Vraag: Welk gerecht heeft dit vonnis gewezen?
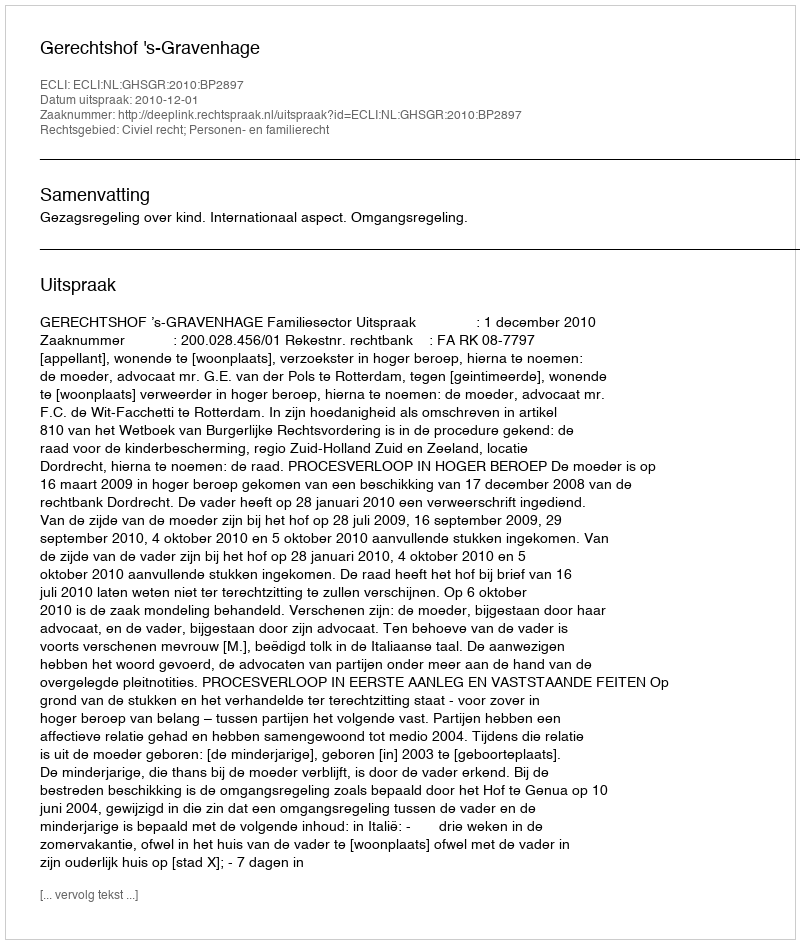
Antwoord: Gerechtshof 's-Gravenhage